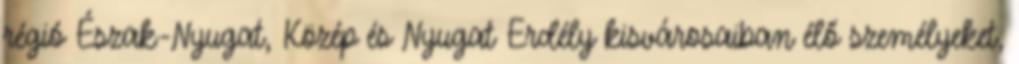
régió Észak-Nyugat, Közép és Nyugat Erdély kisvárosaiban élő személyeket,